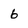
Character: 6